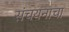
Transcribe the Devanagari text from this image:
संचयनाचा